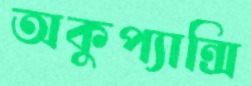
অকুপ্যান্সি